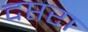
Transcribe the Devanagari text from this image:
दप्तरा